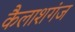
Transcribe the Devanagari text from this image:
कैलाशगंज